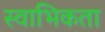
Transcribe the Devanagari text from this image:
स्वाभिकता